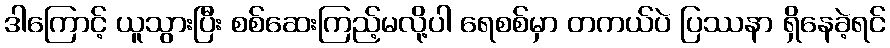
ဒါကြောင့် ယူသွားပြီး စစ်ဆေးကြည့်မလို့ပါ ရေစစ်မှာ တကယ်ပဲ ပြဿနာ ရှိနေခဲ့ရင်